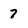
Character: 7